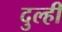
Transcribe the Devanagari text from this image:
दुल्ही